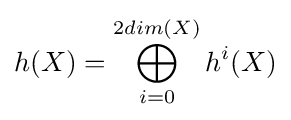
h(X)=\bigoplus _{i=0}^{2dim(X)}h^{i}(X)